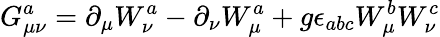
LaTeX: G_{\mu\nu}^{a}=\partial_{\mu}W_{\nu}^{a}-\partial_{\nu}W_{\mu}^{a}+g\epsilon_{abc}W_{\mu}^{b}W_{\nu}^{c}